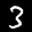
Label: 3